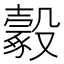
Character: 𣫔